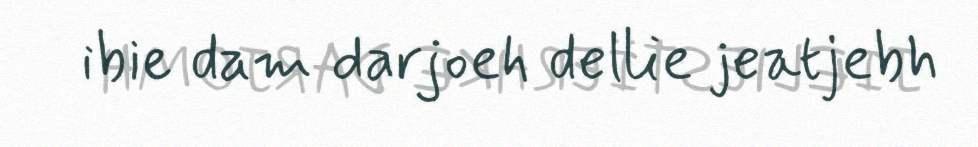
ibie dam darjoeh dellie jeatjebh